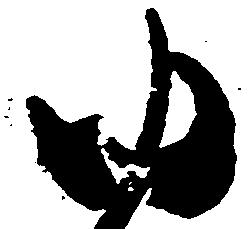
ゆ